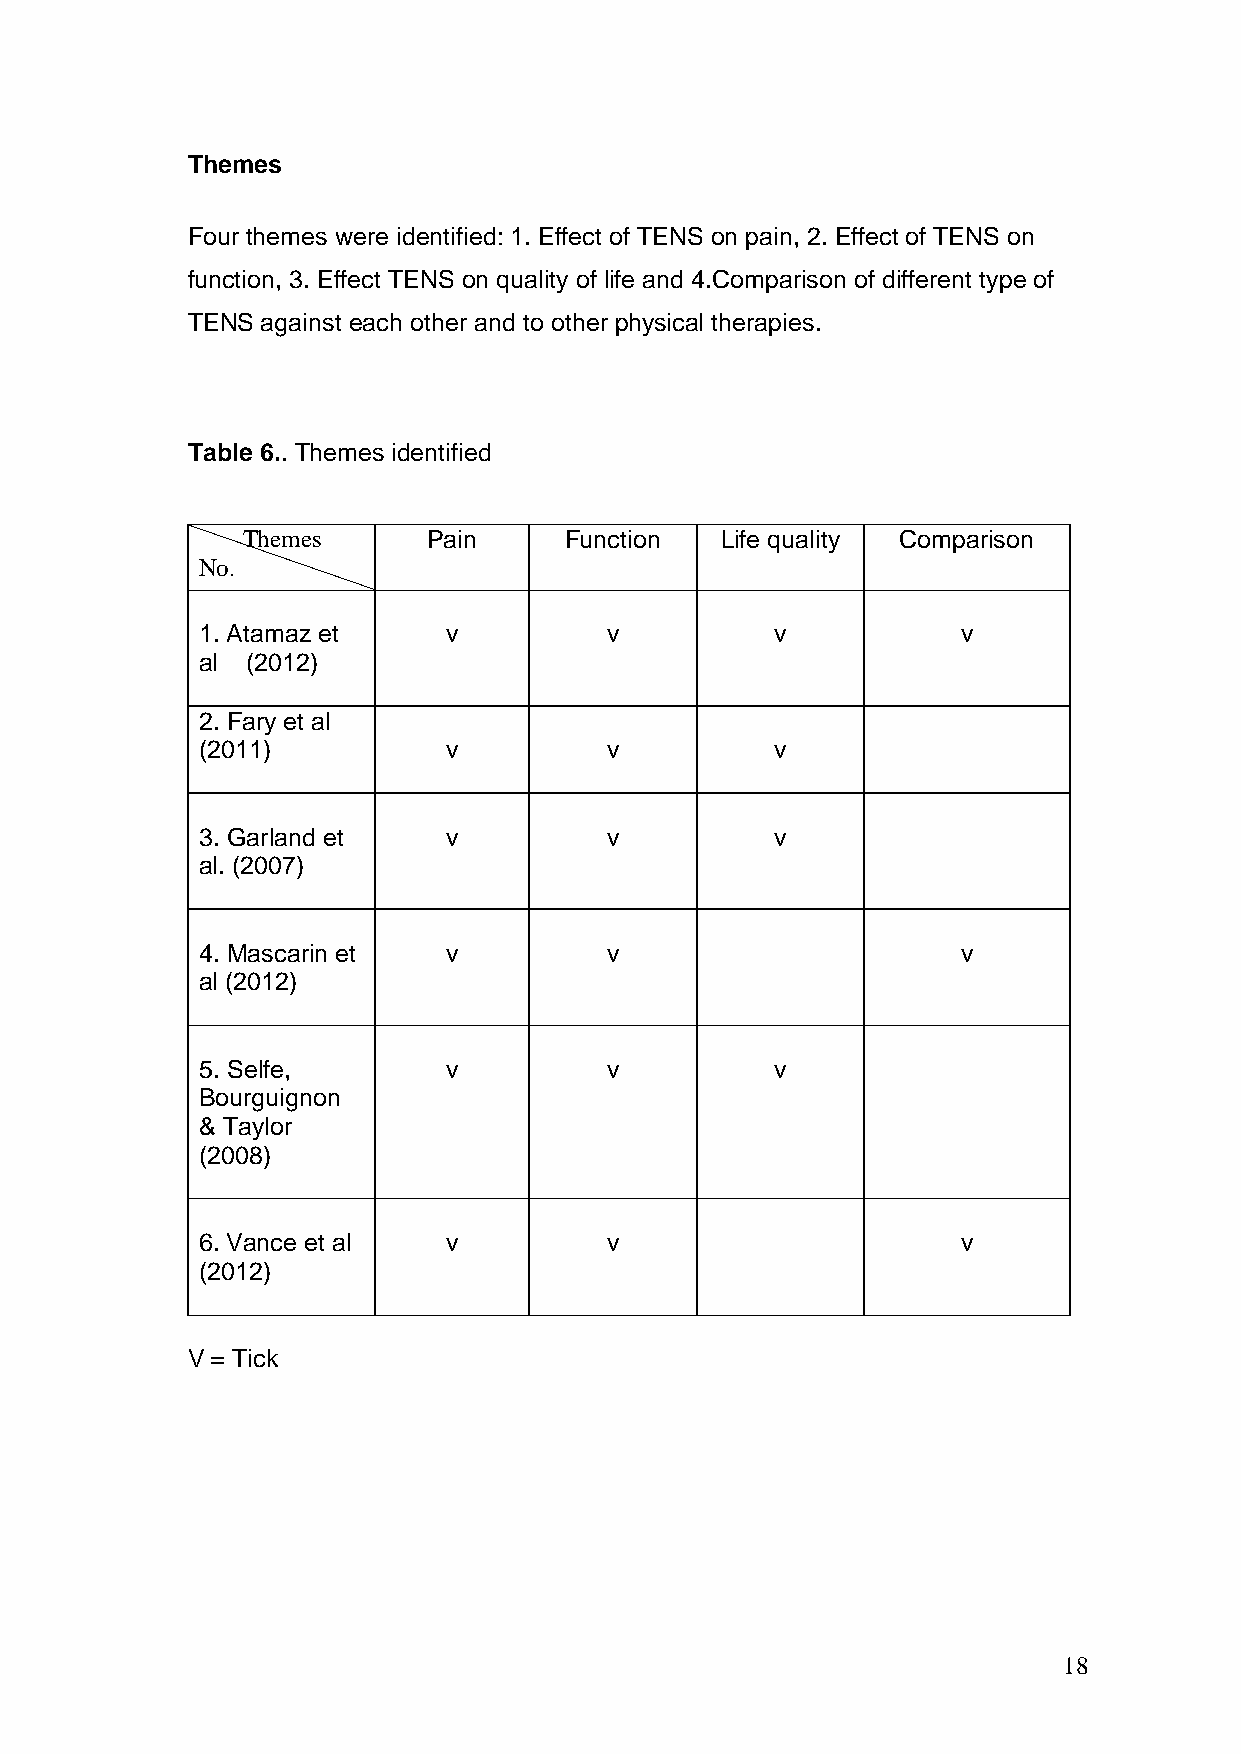
Themes
 Four themes were identified: 1. Effect of TENS on pain, 2. Effect of TENS on
 function, 3. Effect TENS on quality of life and 4.Comparison of different type of
 TENS against each other and to other physical therapies.
 Table 6.. Themes identified
 Themes      Pain     Function   Life quality Comparison
 No.
 1. Atamaz et     v         v          v            v
 al (2012)
 2. Fary et al
 (2011)           v         v          v
 3. Garland et    v         v          v
 al. (2007)
 4. Mascarin et   v         v                       v
 al (2012)
 5. Selfe,        v         v          v
 Bourguignon
 & Taylor
 (2008)
 6. Vance et al   v         v                       v
 (2012)
 V = Tick
 18